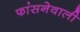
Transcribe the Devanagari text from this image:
फांसनेवाली